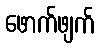
ဖောက်ဖျက်